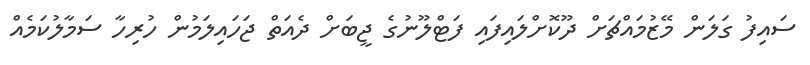
ސައިފު ގަލަން މޭޒުމައްޗަށް ދޫކޮށްލައިފައި ފަޓްލޫނުގެ ޖީބަށް ދެއަތް ޖަހައިލަމުން ހުރިހާ ސަމާލުކަމެއް